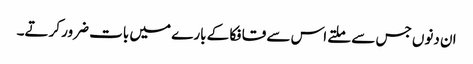
ان دنوں جس سے ملتے اس سے قافکا کے بارے میں بات ضرور کرتے۔